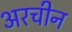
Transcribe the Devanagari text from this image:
अरचीन